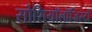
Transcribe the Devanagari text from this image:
सोशियॉलॉजिस्टों